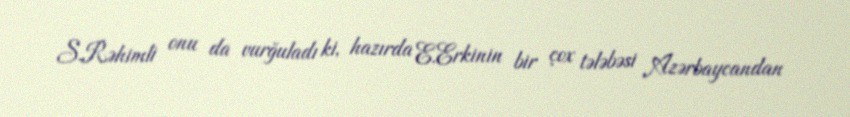
S.Rəhimli onu da vurğuladı ki, hazırda E.Erkinin bir çox tələbəsi Azərbaycandan